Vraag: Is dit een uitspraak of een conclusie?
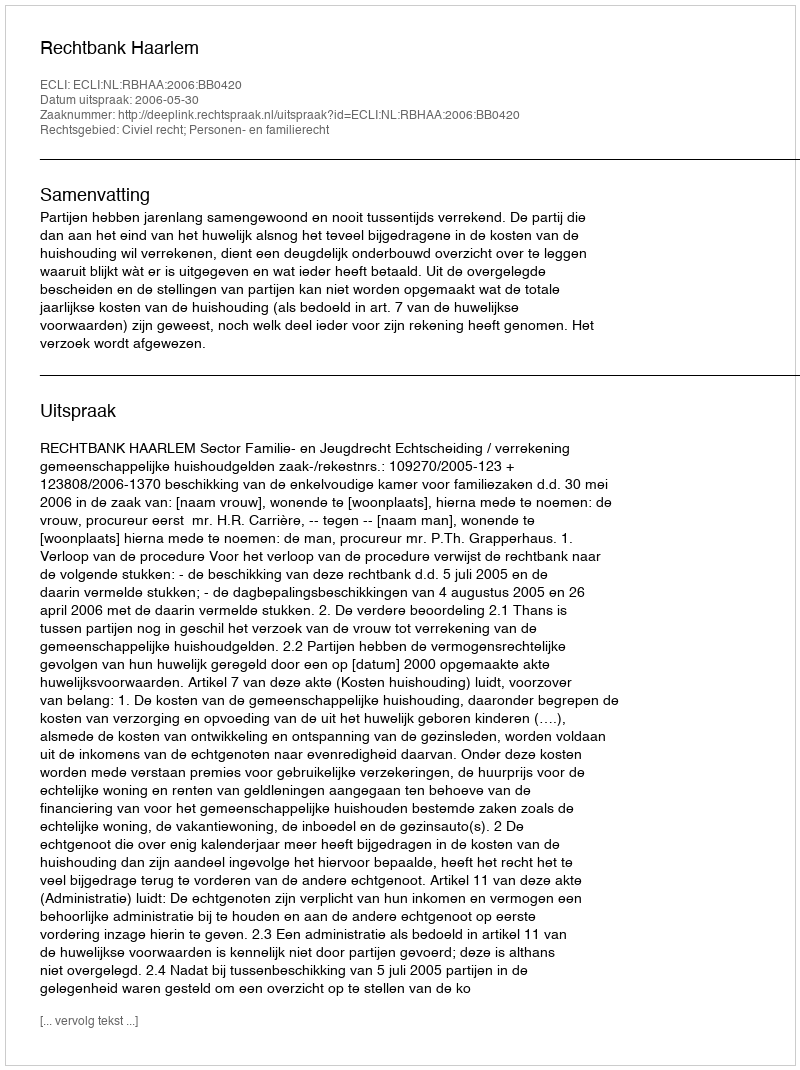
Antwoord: Uitspraak